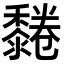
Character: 𪐂